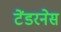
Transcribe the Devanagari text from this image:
टेंडरनेस